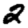
Digit: 2